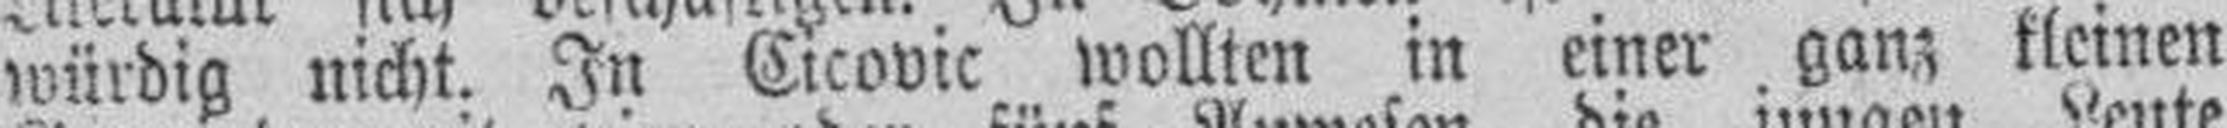
würdig nicht. In Cicovic wollten in einer ganz kleinen